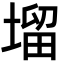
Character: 塯